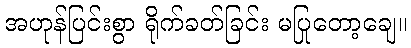
အဟုန်ပြင်းစွာ ရိုက်ခတ်ခြင်း မပြုတော့ချေ။